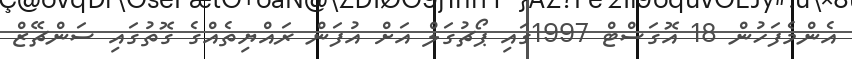
އެންމެފަހުން 18 އޮގަސްޓް 1997ގައި ޕޯޗުގަލް އަށް އުފަން ރައްޔިތެއްގެ ގޮތުގައި ސަންޗޭޒް